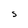
Character: S